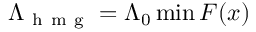
\Lambda _ { \mathrm { ~ h ~ m ~ g ~ } } = \Lambda _ { 0 } \operatorname* { m i n } F ( x )